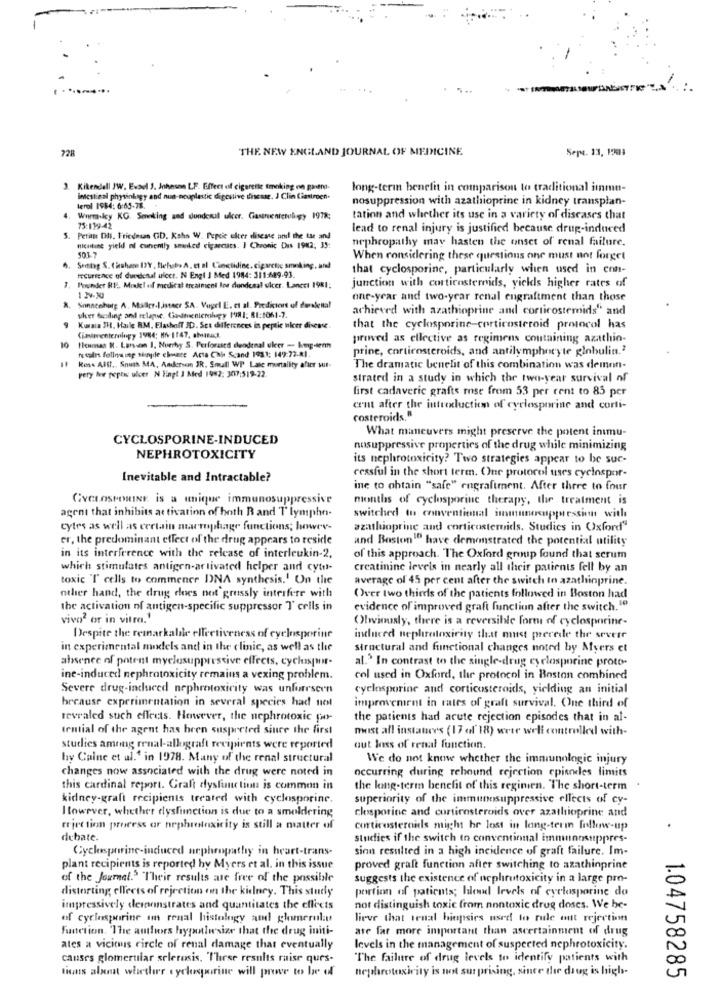
...
728
THE NEW ENGLAND JOURNAL OF MEDICINE
Sept. 13, 1903
Kikendell JW. Evael 1. Johnson LF. Effect of cigarette smoking on ganen-
long-term benefit in comparison to traditional imme-
intestinal physinkagy and nun-nouplastic digestive disease. J Clin Ciastroen.
nosuppression with azathioprine in kidney transplan-
4.
terol 1984: 6:65-78.
Wermocy KG. Smoking and dundesal ulcer. Gastroenterology 1978;
tation and whether its use in a variety of diseases that
75:119-42
lead to renal injury is justified because drug-induced
5. Petin DI. Friedman CD. Koha W. Pepeic uker disease and the the and
nephropathy may hasten the onset of renal failure.
501-7
nicotine yield of cunenth seeded cigarcuits. I Chronic Dis 1982; 33:
When considering these questions one must not forget
4. Settog S. Ciuhan IXY, fefssbe A, et al Cinictidine, cigarctic smoking, and
that cyclosporine, particularly when used in con-
recurrence of duedenal ulcer. N Engl J Med 1984: 311:489.93.
-
Founder REF ., Model of medical treatment los dondesal ulcer. Lancci 1981;
junction with corticosteroids, yields higher rates of
1 2-10
one-year and two-year renal engrafiment than those
8. Sonncehaty A. Miller-listacr SA. Vogel LE. et al. Predictort of dueslenta!
achieved with azathioprine and corticosteroids" and
uher fiesling and relapic. Gardmenicthey 1981: 81:1061-7.
Kuwaia 3H, Haile RM, Elashoff JD. Sca differences in peptic ulcer disease.
that the cyclosporine-corticosteroid protocol has
Cinipresterningy 1984: H6-1147, aMinac.
proved as ellective as regimens containing azathio-
10
tenmas K. Larsen 1, Nurrhy S. Perforated duodenal ulcer - kompeten
prine, corticosteroids, and antilymphocyte globulin.2
's tales following sinple chuere Acta Chi Scand 1981: 149:72-81.
Rese Allf ., South MA, Andersen IR. Smull WP Laic mortality after wut-
pery leer pepti ulcer N Engl J Med 1982: 307:519-22.
The dramatic benefit of this combination was demen-
strated in a study in which the two-year survival of
first cadaveric grafts rose from 53 per cent to 85 per
cent after the inttexluction of cyclosporine and corti-
costeroids,R
What maneuvers might preserve the potent inmu-
CYCLOSPORINE-INDUCED
nosuppressive properties of the drug while minimizing
NEPHROTOXICITY
its nephrotoxicity? Two strategies appear to be sur-
Inevitable and Intractable?
cessful in the short term. Que protocol uses cyclospor-
ine to obtain "safe" engrafiment. After three to four
CYCLOSPORINE, is a unique immunosuppressive
months of cyclosporine therapy, the treatment is
agent that inhibits at tivation of hoth R and Tlymphn-
switched to conventional immunesuppression with
cytes as well as certain macrophage functions; howrv-
azatluoprine and corticosteroids. Studies in Oxford"
er, the predominant effect of the drug appears to reside
and Boston"" have demonstrated the potential utility
in its interference with the release of interleukin-2.
of this approach. The Oxford group found that serum
which stimulates antigen-activated helper and cytu-
creatinine levels in nearly all their patients fell by an
toxic "T cells to commence D)NA synthesis.' On the
average of 45 per cent after the switch In azathinprine.
other hand, the drug does not grussly interfere with
Over two thirds of the patients followed in Boston had
the activation of antigen-specific suppressor T' cells in
evidence of improved graft funcliun after the switch.1º
vivo' or in vitro.'
Obviously, there is a reversible forms of cyclosporine-
Despite the remarkable effectiveness of cyclosporine
induced nephrotoxicity that must precede the severe
in experimental models and in the clinic, as well as the
structural and functional changes noted by Afyers et
absence of potent myclesuppressive effects, cyclospor-
al.' In contrast to the single-drug cyclosporine proce-
ine-induced nephrotoxicity remains a vexing problem.
col used in Oxford, the protocol in Boston combined
Severe drug-induced nephrotoxicity was unforeseen
cyclosporine and corticosteroids, yielding an initial
improvement in rates of graft survival. One third of
brcause experimentation in several species had not
revealed such effects. However, the nephrotoxic por-
the patients had acute rejection episodes that in al-
tential of the agent has been suspreted since the first
must all instances (17 of 18) were well controlled with-
studies among renal-allograft recipients were reported
out loss of renal function.
by Caine et al.' in 1978. Many of the renal structural
We do not know whether the immunologic injury
changes now associated with the drug were noted in
occurring during rebound rejection episodes limits
this cardinal report. Graft dysfunction is common in
the long-term benefit of this reginien. The short-term
kidney-graft recipients treated with cyclosporine.
superiority of the immunosuppressive effects of cy-
However, whether dysfunction is due to a smoldering
closporine and corticosteroids over azathioprine and
riet tion process ar nephrotoxicity is still a matter of
corticosteroids might be lost in long-term follow-up
debate.
studies if the switch to conventional immunosuppres-
Cyclespririne-induced nephropathy in heart-trans-
sinn resulted in a high incidence of graft failure. Im-
plant recipients is reported hy Myers et al. in this issue
proved graft function after switching to azathinprine
of the Journal." Their results are free of the possible
suggests the existence of nephrutoxicity in a large pro-
distorting effects of rejection on the kidney. This study
portion of patients; hled levels of cyclosporine do
impressively demonstrates and quantitates the effects
not distinguish toxic from nontoxic drug doses. We he-
of cyclosporine om renal histology and glomerulu
lieve that tenal biopsies used to rule out rejection
Function, 'The authors hypotlwsize that the drug initi-
are far more important than ascertainment of drug
ates a vicious circle of renal damage that eventually
levels in the management of suspected nephrotoxicity.
causes glomerular sclerosis. "These results raise qurs-
The failure of drug levels to identify patients with
tions about whether cyclosporine will prove to le of
nephrotoxicity is not surprising, since die drug is high-
1.04758285